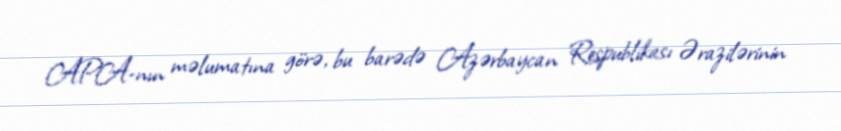
APA-nın məlumatına görə, bu barədə Azərbaycan Respublikası Ərazilərinin